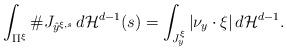
LaTeX: \begin{align*} \int_{\Pi^\xi} \# J_{\hat{y}^{\xi,s}} \, d{\cal H}^{d-1}(s) = \int_{J^\xi_y} |\nu_y \cdot \xi| \, d{\cal H}^{d-1}. \end{align*}